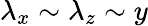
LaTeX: \lambda_{x}\sim\lambda_{z}\sim y